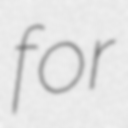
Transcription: for